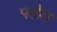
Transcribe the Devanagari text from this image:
पलँग